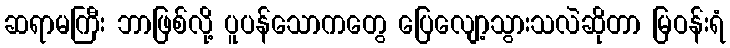
ဆရာမကြီး ဘာဖြစ်လို့ ပူပန်သောကတွေ ပြေလျော့သွားသလဲဆိုတာ မြဝန်းရံ